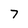
Character: 7